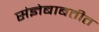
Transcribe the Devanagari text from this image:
संज्ञेबाबतीत